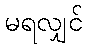
မရလျှင်